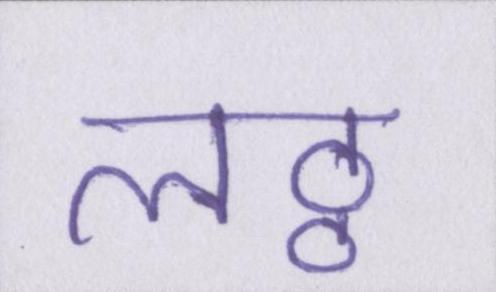
लठ्ठ